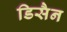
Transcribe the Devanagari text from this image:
डिसैन